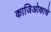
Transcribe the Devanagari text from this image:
काजिओकाचे